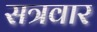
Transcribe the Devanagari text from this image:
सत्रवार